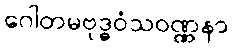
ဂေါတမဗုဒ္ဓဝံသဝဏ္ဏနာ